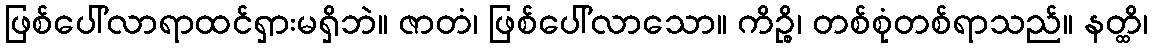
ဖြစ်ပေါ်လာရာထင်ရှားမရှိဘဲ။ ဇာတံ၊ ဖြစ်ပေါ်လာသော။ ကိဉ္စိ၊ တစ်စုံတစ်ရာသည်။ နတ္ထိ၊